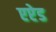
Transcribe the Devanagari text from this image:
एप्टेड